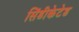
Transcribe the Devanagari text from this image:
सिंडीकेटेड